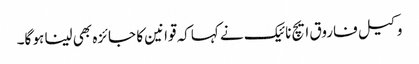
وکیل فاروق ایچ نائیک نے کہاکہ قوانین کا جائزہ بھی لینا ہو گا۔